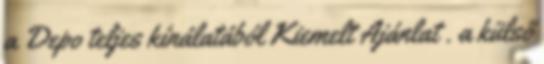
a Depo teljes kínálatából Kiemelt Ajánlat . a külső